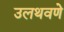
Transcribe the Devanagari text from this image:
उलथवणे